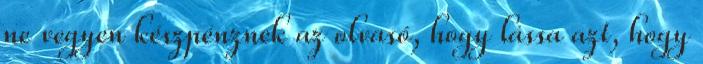
ne vegyen készpénznek az olvasó, hogy lássa azt, hogy